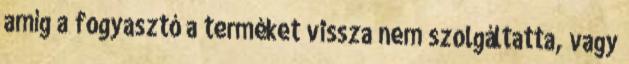
amíg a fogyasztó a terméket vissza nem szolgáltatta, vagy